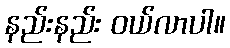
နည်းနည်း ဝယ်လာပါ။